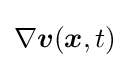
\nabla {\boldsymbol {v}}({\boldsymbol {x}},t)